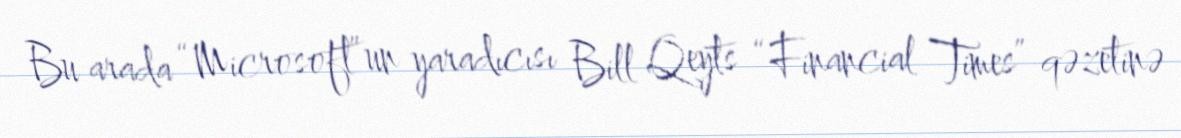
Bu arada “Microsoft”un yaradıcısı Bill Qeyts “Financial Times” qəzetinə